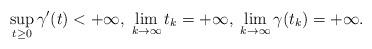
LaTeX: \begin{align*}\sup_{t\geq 0}\gamma'(t)<+\infty,\;\lim_{k\to\infty}t_k=+\infty,\; \lim_{k\to\infty} \gamma(t_k)=+\infty.\end{align*}